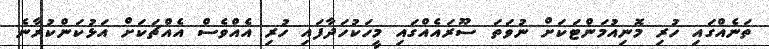
ތަނެއްގައި ހުރި މޮނިއުމަންޓަކަށް ނުވަތަ ސޫރައެއްގައި މީހަކުހަދާފައި ހުރި އެއްވެސް އެއްޗަކަށް އަޅުކަންކުރާނެ